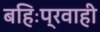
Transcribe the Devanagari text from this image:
बहिःप्रवाही